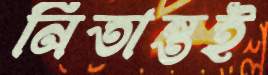
নিতান্তই